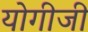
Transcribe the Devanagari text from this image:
योगीजी